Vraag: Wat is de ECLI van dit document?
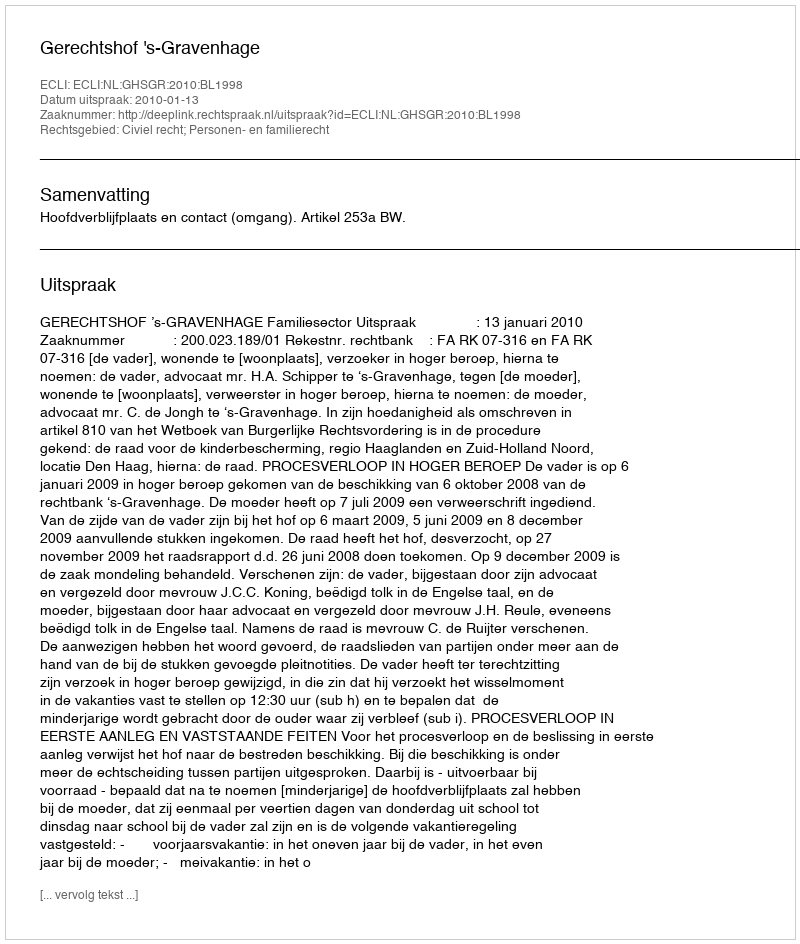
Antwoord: ECLI:NL:GHSGR:2010:BL1998